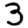
Digit: 3